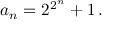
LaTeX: a _ { n } = 2 ^ { 2 ^ { n } } + 1 \, .